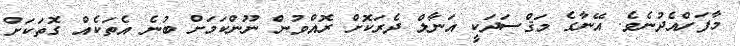
މާފަށްއެދުނެވެ. އޭނާގެ މަޤްސަދަކީ އަނާލް ދެރަކޮށް ރޮއްވުން ނޫންކަމަށް ބުނެ އެތަކެއް ގޮތަކަށް